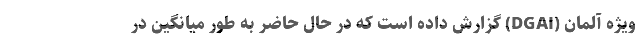
ویژه آلمان (DGAI) گزارش داده است که در حال حاضر به طور میانگین در